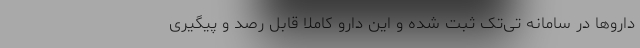
داروها در سامانه تی‌تک ثبت شده و این دارو کاملا قابل رصد و پیگیری